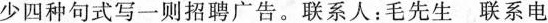
少四种句式写一则招聘广告。联系人：毛先生 联系电